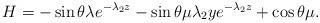
LaTeX: \begin{align*}H = -\sin \theta \lambda e^{-\lambda_2 z} - \sin \theta \mu \lambda_2 y e^{-\lambda_2 z} + \cos \theta \mu. \end{align*}